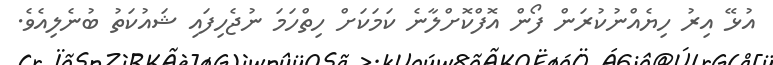
އުޅޭ އިރު ހިޔެއްނުކުރަން ފޯން އޮފްކޮށްލާނެ ކަމަކަށް ހިތްހަމަ ނުޖެހިފައި ޝައުކަތު ބުނެލިއެވެ.